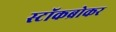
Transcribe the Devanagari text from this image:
स्‍टॉकब्रोकर